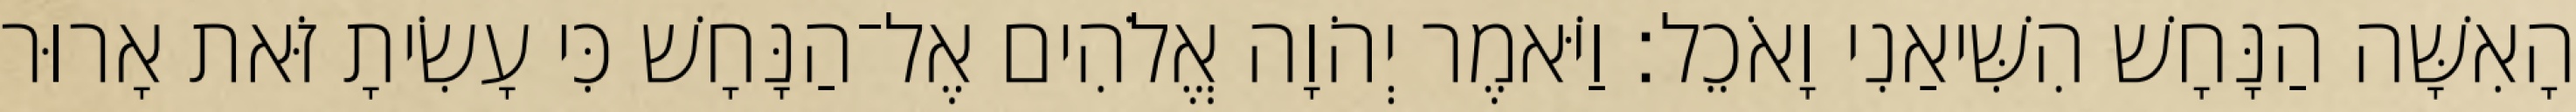
הָאִשָּׁה הַנָּחָשׁ הִשִּׁיאַנִי וָאֹכֵל׃ וַיֹּאמֶר יְהֹוָה אֱלֹהִים אֶל־הַנָּחָשׁ כִּי עָשִׂיתָ זֹּאת אָרוּר